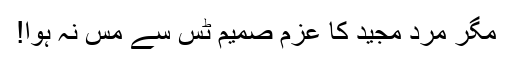
مگر مردِ مجید کا عزم صمیم ٹس سے مَس نہ ہوا!